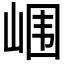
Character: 𰎢